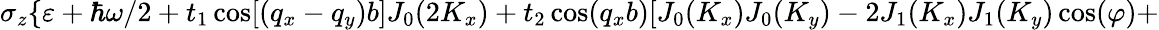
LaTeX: \sigma_{z}\{ \varepsilon+\hbar\omega/2+t_{1}\cos[(q_{x}-q_{y})b]J_{0}(2K_{x})+t_{2}\cos(q_{x}b)[J_{0}(K_{x})J_{0}(K_{y})-2J_{1}(K_{x})J_{1}(K_{y})\cos(\varphi)+